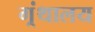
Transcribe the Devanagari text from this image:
ग्र्ंथालय